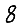
Digit: 8